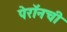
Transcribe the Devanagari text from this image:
पेरॉनची